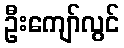
ဦးကျော်လွင်